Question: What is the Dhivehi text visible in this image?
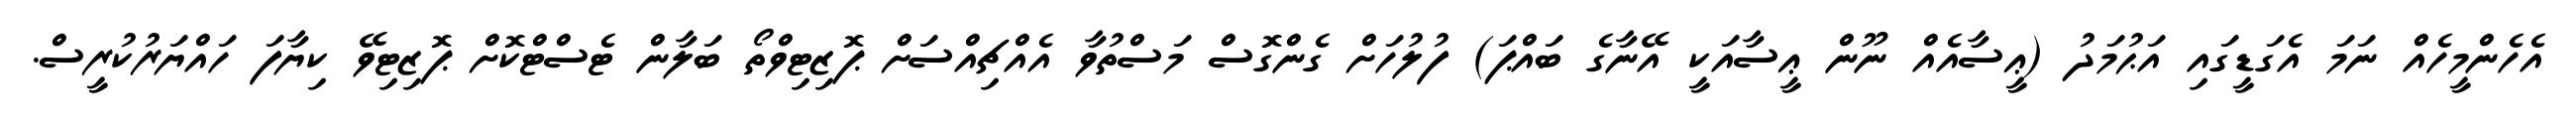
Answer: އެހެންމީހެއް ނަމަ އެގަޑީގައި އަޙުމަދު (ޢީސާއެއް ނޫން ޢީސާއަކީ އޭނާގެ ބައްޕަ) ފުލުހަށް ގެންގޮސް މަސްތުވާ އެއްޗިއްސަށް ޕޮޒިޓިވްތޯ ބަލާން ޓެސްޓްކޮށް ޕޮޒިޓިވޭ ކިޔާފަ ހައްޔަރުކުރީސް.